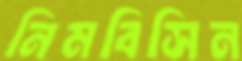
নিমবিসিন